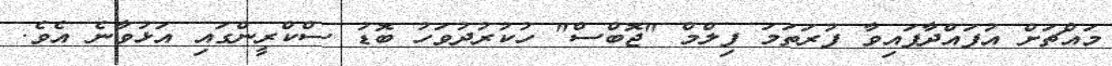
މައްޗަށް އުފައްދާފައިވާ ފުރަތަމަ ފިލްމް "ޖޮބްސް" ހުކުރުދުވަހު ބޮޑު ސްކްރީންގައި އަޅުވާނެ އެވެ.